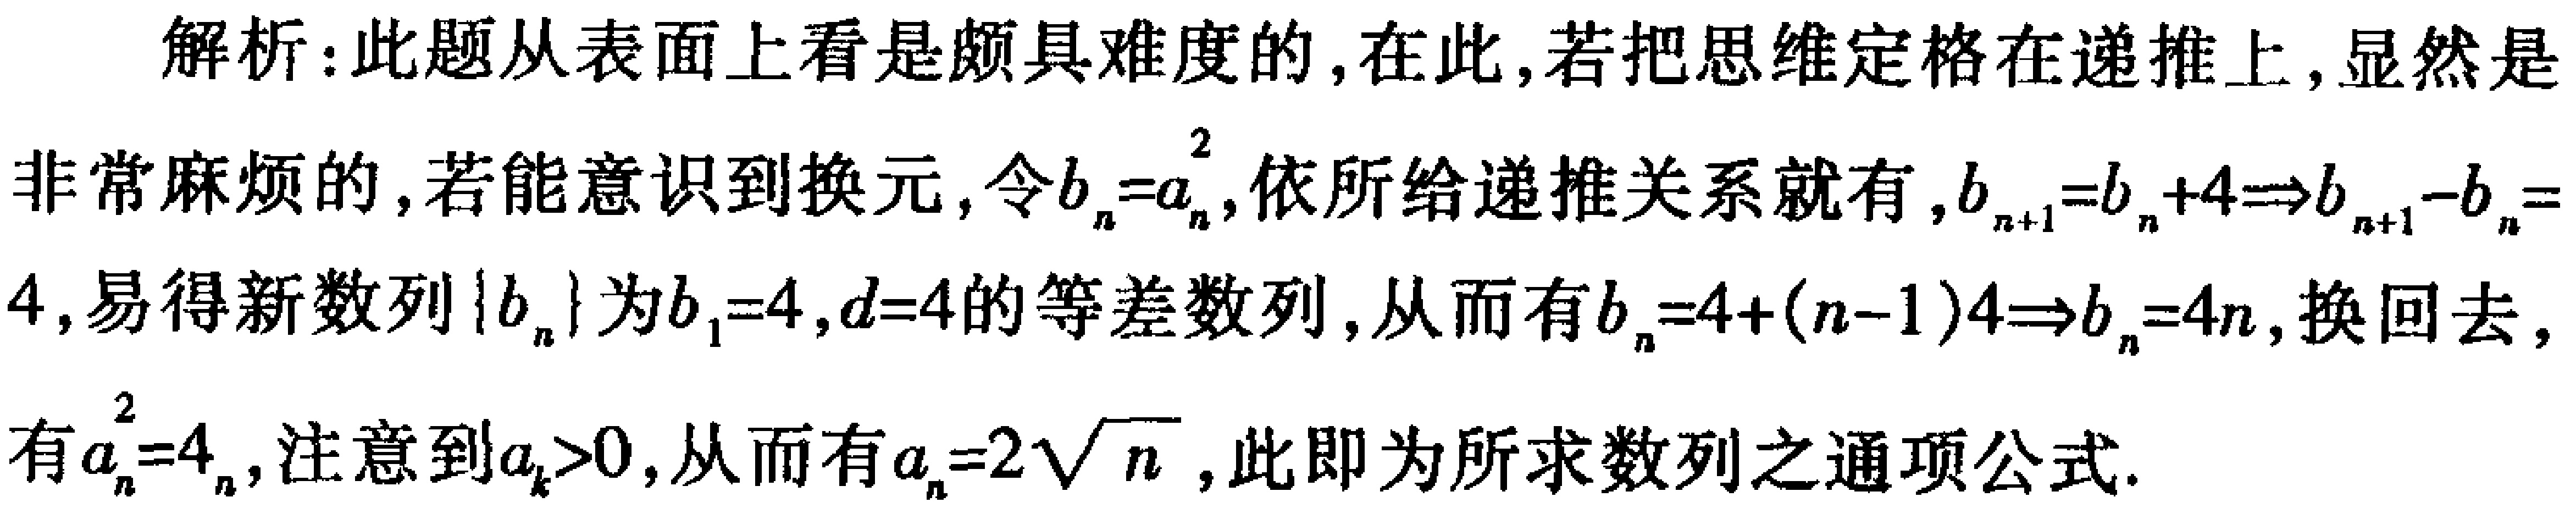
解析：此题从表面上看是颇具难度的，在此，若把思维定格在递推上，显然是非常麻烦的，若能意识到换元，令\(b_{n}=a_{n}^{2}\)，依所给递推关系就有，\(b_{n + 1}=b_{n}+4\Rightarrow b_{n + 1}-b_{n}=4\)，易得新数列\(\{b_{n}\}\)为\(b_{1}=4\)，\(d = 4\)的等差数列，从而有\(b_{n}=4+(n - 1)4\Rightarrow b_{n}=4n\)，换回去，有\(a_{n}^{2}=4n\)，注意到\(a_{k}>0\)，从而有\(a_{n}=2\sqrt{n}\)，此即为所求数列之通项公式。